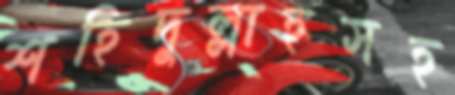
শহিদুল্লাহসহ